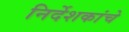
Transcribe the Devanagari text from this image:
निर्देशकांचे